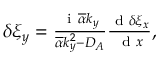
\begin{array} { r } { \delta \xi _ { y } = \frac { \mathrm { ~ i ~ } \overline { { \alpha } } k _ { y } } { \overline { { \alpha } } k _ { y } ^ { 2 } - D _ { A } } \frac { \textrm { d } \delta \xi _ { x } } { \textrm { d } x } , } \end{array}